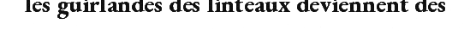
les guirlandes des linteaux deviennent des